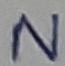
Text: N